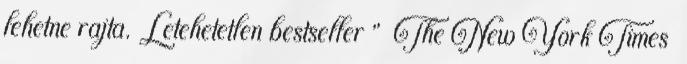
lehetne rajta. Letehetetlen bestseller ” The New York Times